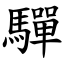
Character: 驒